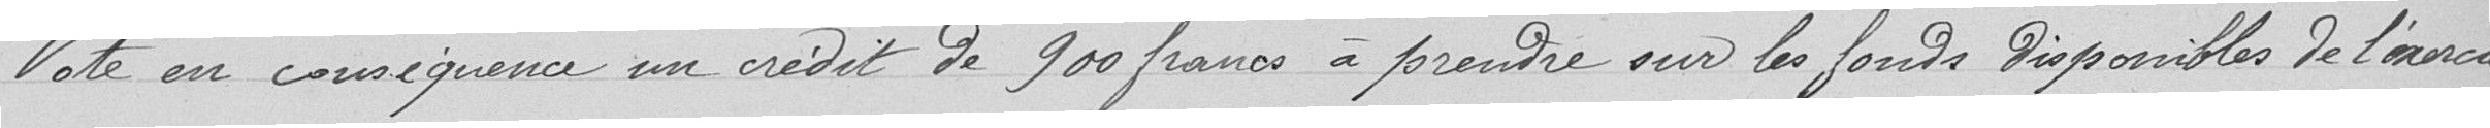
Vote en conséquence un crédit de 900 francs à prendre sur les fonds disponibles de l'exercice